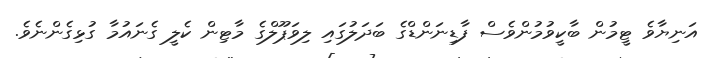
އަނިޔާވެ ޓީމުން ބާކީވުމުންވެސް ފާޑިނަންޑްގެ ބަދަލުގައި ލިވަޕޫލްގެ މާޓިން ކެލީ ގެނައުމާ ގުޅިގެންނެވެ.